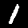
Label: 1